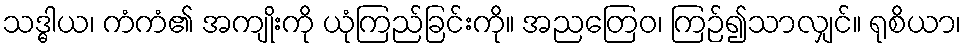
သဒ္ဓါယ၊ ကံကံ၏ အကျိုးကို ယုံကြည်ခြင်းကို။ အညတြေဝ၊ ကြဉ်၍သာလျှင်။ ရုစိယာ၊